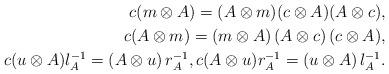
LaTeX: \begin{align*}c(m\otimes A)=(A\otimes m)(c\otimes A)(A\otimes c), \\c(A\otimes m)=(m\otimes A)\left( A\otimes c\right) (c\otimes A), \\c(u\otimes A)l_{A}^{-1}=\left( A\otimes u\right) r_{A}^{-1},c(A\otimes u)r_{A}^{-1}=\left( u\otimes A\right) l_{A}^{-1}. \end{align*}